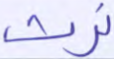
نرث